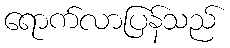
ရောက်လာပြန်သည်